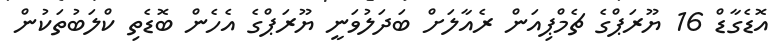
އޮޑެގާޑް 16 ޔޫރަޕްގެ ޗެމްޕިއަން ރެއާލަށް ބަދަލުވަނީ ޔޫރަޕްގެ އެހެން ބޮޑެތި ކްލަބުތަކުން